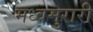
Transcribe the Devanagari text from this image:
मध्वमुरारी